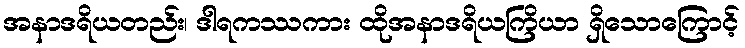
အနာဒရိယတည်း၊ ဒါရကဿကား ထိုအနာဒရိယကြိယာ ရှိသောကြောင့်